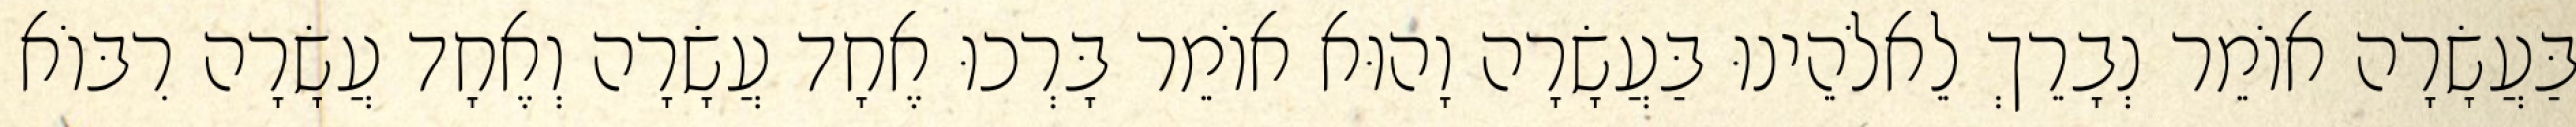
בַּעֲשָׂרָה אוֹמֵר נְבָרֵךְ לֵאלֹהֵינוּ בַּעֲשָׂרָה וָהוּא אוֹמֵר בָּרְכוּ אֶחָד עֲשָׂרָה וְאֶחָד עֲשָׂרָה רִבּוֹא